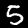
Label: 5